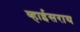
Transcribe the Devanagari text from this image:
व्हाईसराय